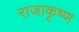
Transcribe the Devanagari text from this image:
राजाकृष्ण